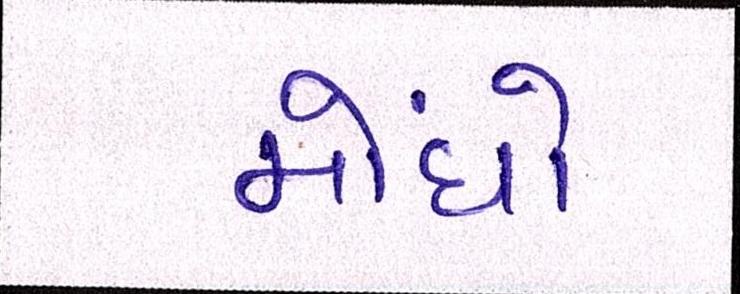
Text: મોંઘો